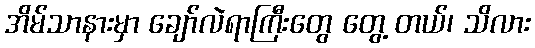
အိမ်သာနားမှာ ချော်လဲရာကြီးတွေ တွေ့ တယ်၊ သိလား